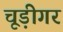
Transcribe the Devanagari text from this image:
चूड़ीगर